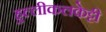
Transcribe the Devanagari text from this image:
हुल्लीकलकेट्टी